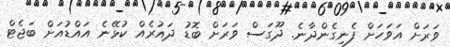
ވަރަށް އަވަހަށް ފެނިގެންދާނެ. ދޫގަސް ވަަރަށް ބޮޑު ދައުރެއް ކުޅޭނެ އައްޑުއަށް ބަޖެޓް